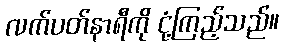
လက်ပတ်နာရီကို ငုံ့ကြည့်သည်။